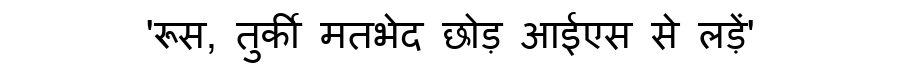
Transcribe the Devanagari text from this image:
'रूस, तुर्की मतभेद छोड़ आईएस से लड़ें'